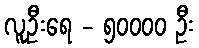
လူဦးရေ - ၅၀၀၀၀ ဦး